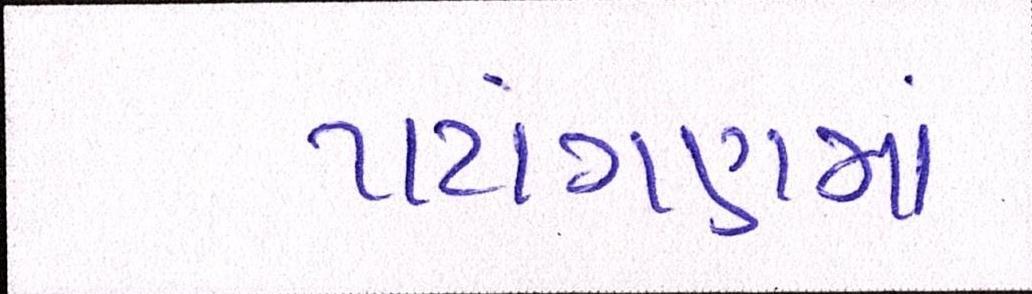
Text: પટાંગણમાં